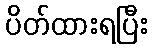
ပိတ်ထားရပြီး